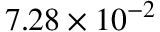
7 . 2 8 \times 1 0 ^ { - 2 }